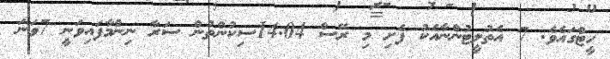
ހީޓްގައެވެ. 7 އެތުލީޓުންނާއެކު ފެށި މި ރޭސް 14.04ސިކުންތުން ސަރާ ނިންމާފައިވަނީ 7ވަނަ